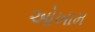
ઓખામ